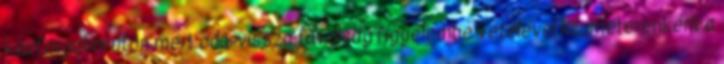
közforgalmi úton mért oda-vissza távolság figyelembe vételével kilométerenként a